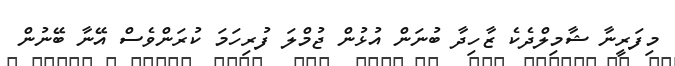
މިފަރީނާ ޝާމިލްދެކެ ޒާހިދާ ބުނަން އުޅުން ޖުމްލަ ފުރިހަމަ ކުރަންވެސް އޭނާ ބޭނުން